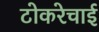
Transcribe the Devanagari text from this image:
टोकरेचाई